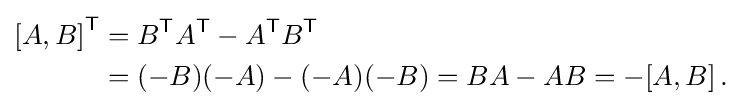
{\begin{aligned}{[}A,B{]}^{\textsf {T}}&=B^{\textsf {T}}A^{\textsf {T}}-A^{\textsf {T}}B^{\textsf {T}}\\&=(-B)(-A)-(-A)(-B)=BA-AB=-[A,B]\,.\end{aligned}}